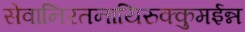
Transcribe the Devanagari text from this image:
सेवानिरतनायिरुक्कुमईन्न